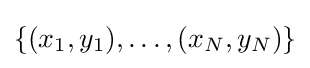
\{(x_{1},y_{1}),\ldots ,(x_{N},y_{N})\}